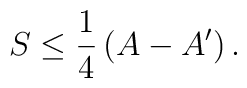
S \leq \frac{1}{4} \left( A - A' \right).